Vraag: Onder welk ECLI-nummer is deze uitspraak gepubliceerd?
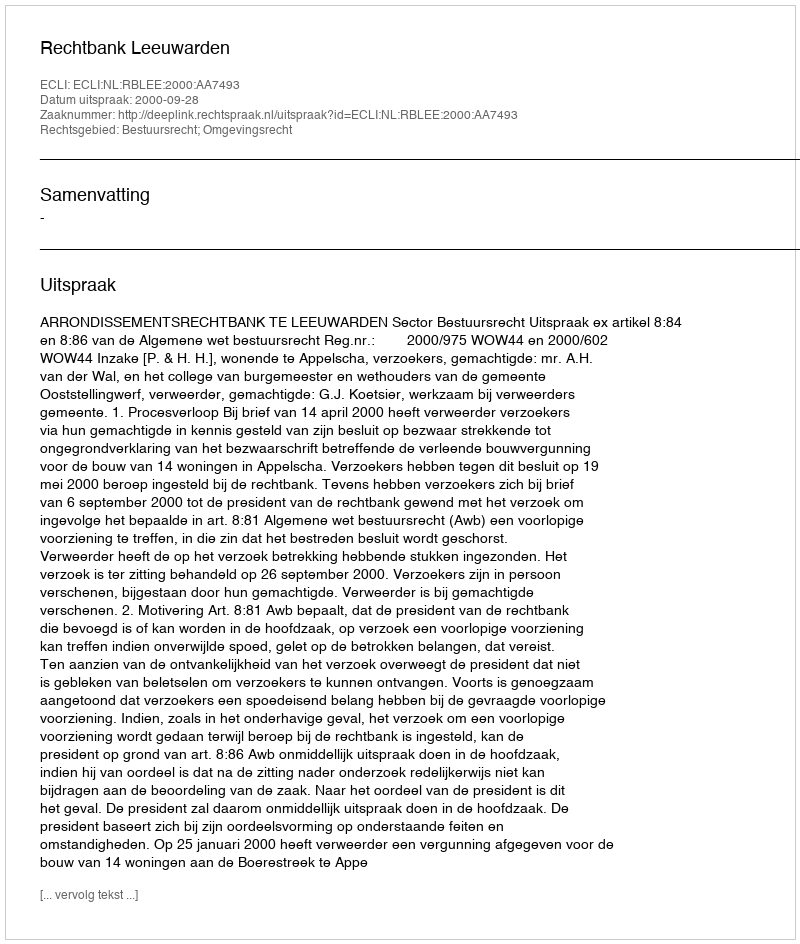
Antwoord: ECLI:NL:RBLEE:2000:AA7493